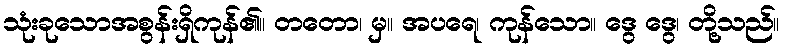
သုံးခုသောအစွန်းရှိကုန်၏။ တတော၊ မှ။ အပရေ၊ ကုန်သော။ ဒွေ ဒွေ၊ တို့သည်။